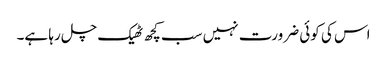
اس کی کوئی ضرورت نہیں سب کچھ ٹھیک چل رہا ہے۔